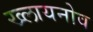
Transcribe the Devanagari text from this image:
ख्लायनोव